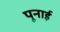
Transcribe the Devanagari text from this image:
पूनाई